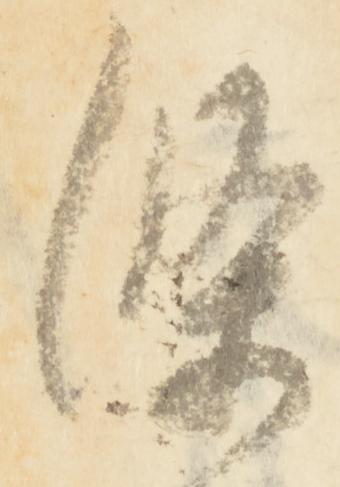
条